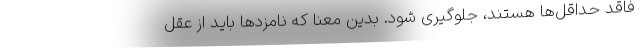
فاقد حداقل‌ها هستند، جلوگیری شود. بدین معنا که نامزدها باید از عقل